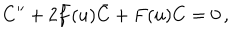
LaTeX: C ^ { \prime \prime } + 2 \bar { f } ( u ) \bar { C } + F ( u ) C = 0 \, ,